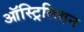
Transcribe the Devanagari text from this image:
ऑस्ट्रिलियन